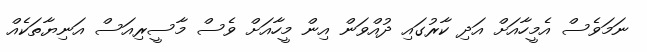
ނަމަވެސް އެމީހާއަށް އަދި ކާރުގައި ދުއްވަން އިން މީހާއަށް ވެސް މާސީރިއަސް އަނިޔާތަކެއް